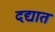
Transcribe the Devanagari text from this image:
दद्यात